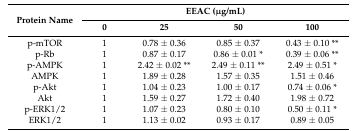
| <ROWSPAN=2> Protein Name | <COLSPAN=4> EEAC (μg/mL) |
 | 0 | 25 | 50 | 100 |
 | --- | --- | --- | --- | --- |
 | p-mTOR | 1 | 0.78 ± 0.36 | 0.85 ± 0.37 | 0.43 ± 0.10 ** |
 | p-Rb | 1 | 0.87 ± 0.17 | 0.86 ± 0.01 * | 0.39 ± 0.06 ** |
 | p-AMPK | 1 | 2.42 ± 0.02 ** | 2.49 ± 0.11 ** | 2.49 ± 0.51 * |
 | AMPK | 1 | 1.89 ± 0.28 | 1.57 ± 0.35 | 1.51 ± 0.46 |
 | p-Akt | 1 | 1.04 ± 0.23 | 1.00 ± 0.17 | 0.74 ± 0.06 * |
 | Akt | 1 | 1.59 ± 0.27 | 1.72 ± 0.40 | 1.98 ± 0.72 |
 | p-ERK1/2 | 1 | 1.07 ± 0.23 | 0.80 ± 0.10 | 0.50 ± 0.11 * |
 | ERK1/2 | 1 | 1.13 ± 0.02 | 0.93 ± 0.17 | 0.89 ± 0.05 |